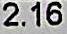
2.16